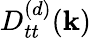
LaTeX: D_{tt}^{(d)}({\mathbf k})